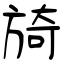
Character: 旑